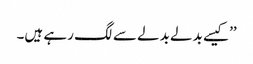
’’کیسے بدلے بدلے سے لگ رہے ہیں۔